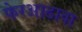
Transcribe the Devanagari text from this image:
फेरआढावा